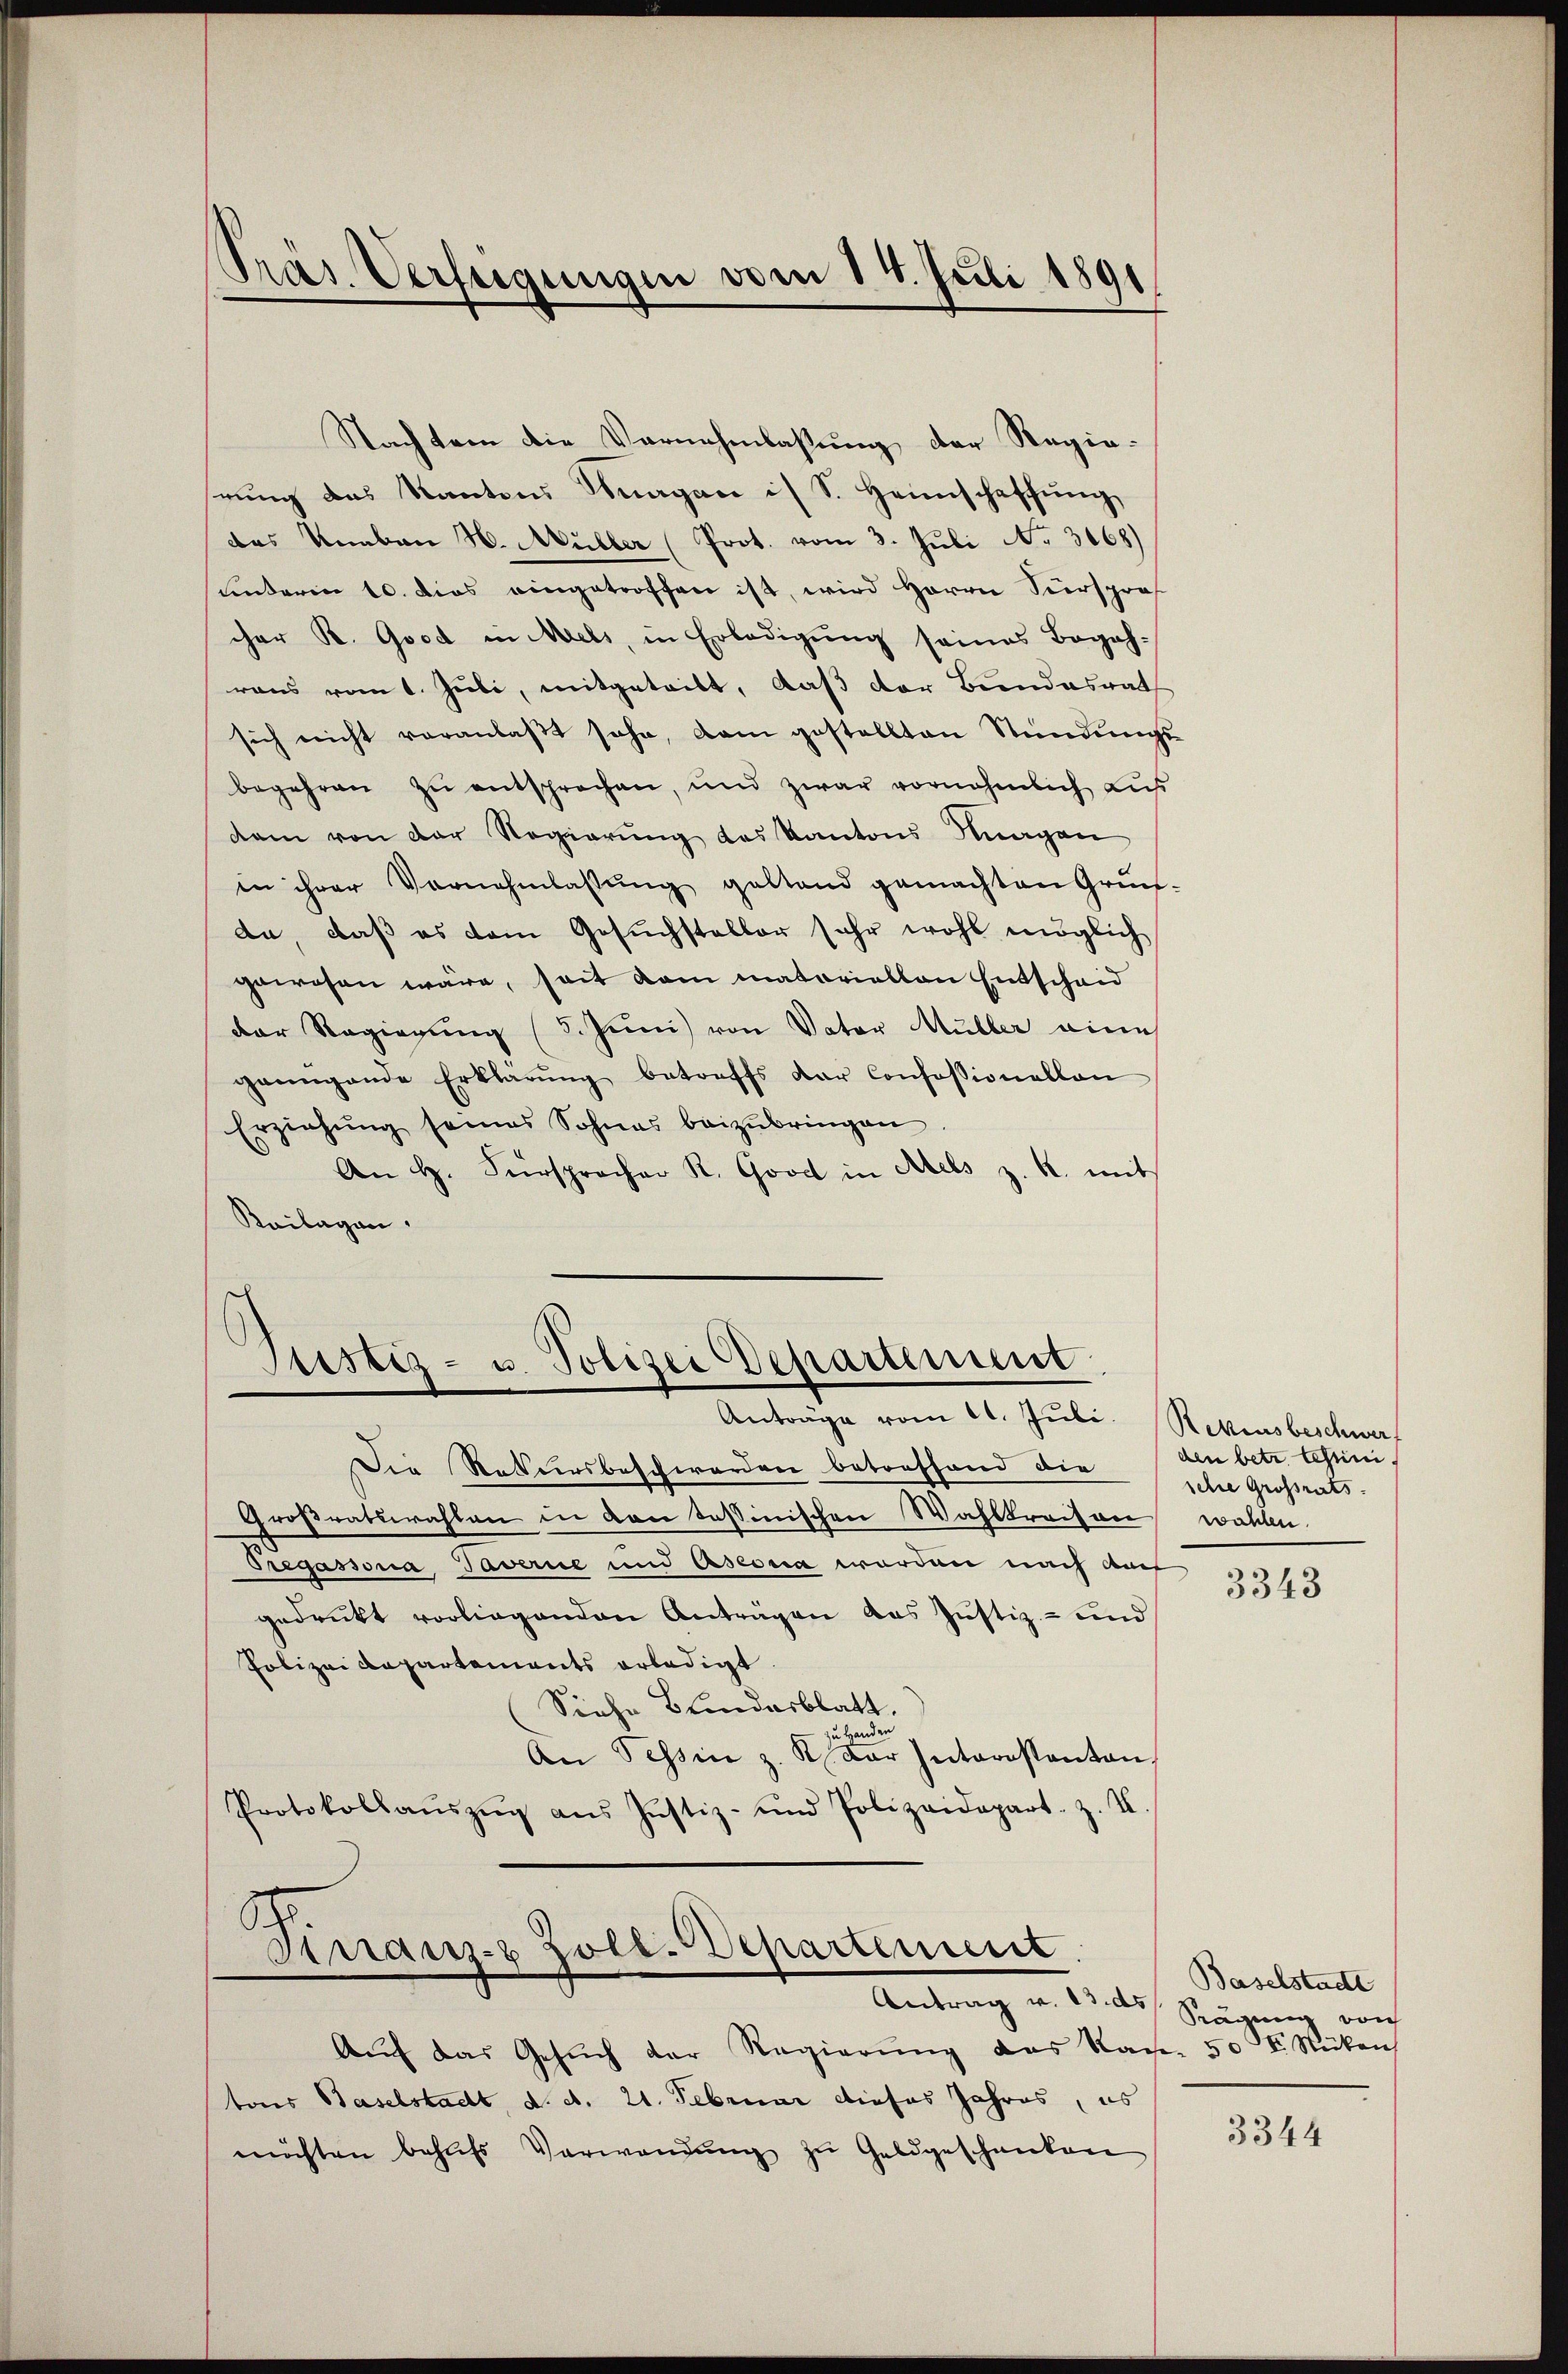
Pras. Verfeigungen vom 14. Juli 1891

Nachtem die Vernehmlassung der Regierŭng das Kantons Tagen is S. Heimschaffŭng
das Knaben H. Müller (Prot. vom 3. Juli No 3168)
unterin 10. dies eingetroffen ist, wird Herrn Sursprof
cher R. Good in Mels, in Erledigung seines Begeh-
raus vom 1. Juli, mitgeteilt, daß der Bundesrath
sich nicht veranlaβt sehe, dem gestellten Stündungs-
begehren zu entsprechen, und zwar vornehmlich Lus
dam von der Regierung des Kantons Magen
in ihrer Vernehmlassŭng gestand gemachten Grün-
da, daß es dem Gesuchsteller sehr wohl möglich
gewesen wäre, seit kam matoriellen Entscheid
der Regierŭng (5. Juni von Vater Müller eine
ganngende Erklärŭng betreffs der Consessionellan
Erziehŭng seines Sohnes beizŭbringen
An H. Fürsprocher K. Good in Adels z. R. mit
Keilagen.

Justiz- u. Polizei Departinunt
Anträge vom 11. Juli Rebensbeschwer,

Die Rekursbeschwerden betreffend die
Großratswahlen in von Tessinischen Wahlkreisen
Tregassona Taverne und Asessa werden nach auch
gedruckt vorliegenden Anträgen das Justiz- und
Polizei Departements erledigt
Siehe Bundesblatt.
zu Handen
An Tessin z. R. Dar Interestanton
Protokollaŭszŭg ans Justiz- und Polizeidepart z. U

Kranz- Zoll. Departement.
Antrag v. 13. ds

Aŭf das Gesŭch der Regierŭng des Rachen 50 Fr. Stücken
tors Baselstadt, d. d. 21. Februar dieses Jahres, es
möchten behŭfs Verwendŭng zŭ Geldgeschanken

den betr. Schen
sche Grossrats.
wahlen.

3343

Baselstadte
Ragung von

3344